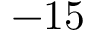
- 1 5